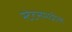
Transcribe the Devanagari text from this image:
स्टेटसमधील